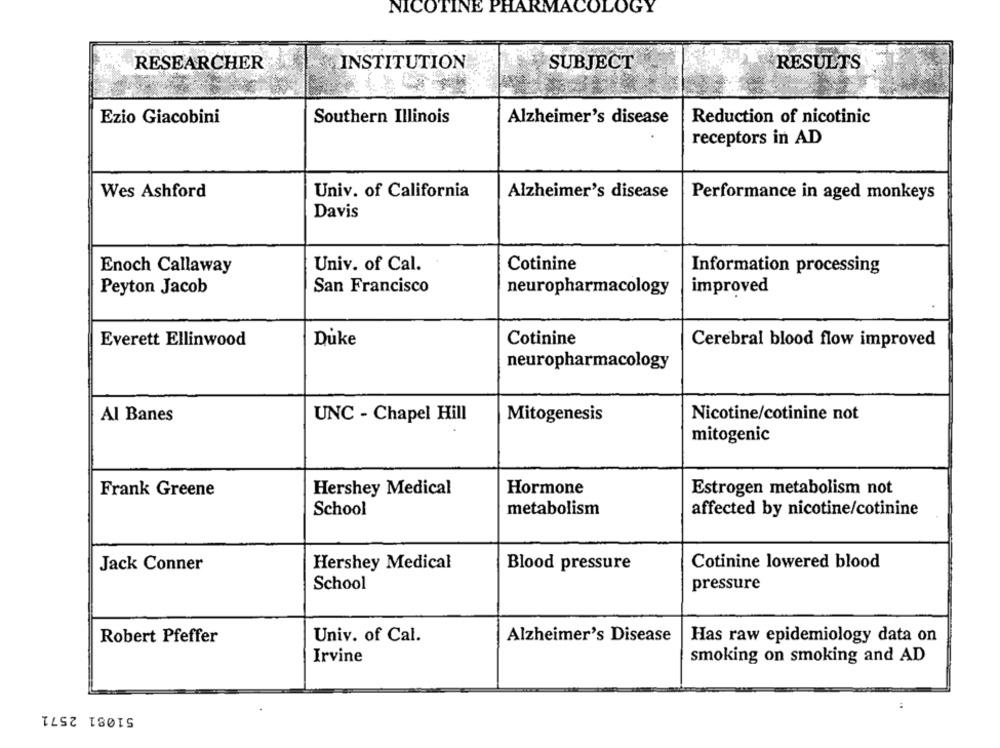
NICOTINE PHARMACOLOGY
RESEARCHER
INSTITUTION
SUBJECT
RESULTS
Ezio Giacobini
Southern Illinois
Reduction of nicotinic
Alzheimer's disease
receptors in AD
Wes Ashford
Univ. of California
Alzheimer's disease
Performance in aged monkeys
Davis
Enoch Callaway
Univ. of Cal.
Cotinine
Information processing
Peyton Jacob
San Francisco
neuropharmacology
improved
Everett Ellinwood
Duke
Cotinine
Cerebral blood flow improved
neuropharmacology
Al Banes
UNC - Chapel Hill
Mitogenesis
Nicotine/cotinine not
mitogenic
Frank Greene
Hershey Medical
Hormone
Estrogen metabolism not
School
metabolism
affected by nicotine/cotinine
Jack Conner
Hershey Medical
Blood pressure
Cotinine lowered blood
School
pressure
Robert Pfeffer
Univ. of Cal.
Alzheimer's Disease
Has raw epidemiology data on
Irvine
smoking on smoking and AD
51081 2571